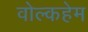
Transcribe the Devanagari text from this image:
वोल्कहेम